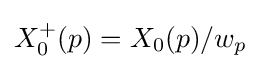
X_{0}^{+}(p)=X_{0}(p)/w_{p}